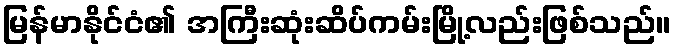
မြန်မာနိုင်ငံ၏ အကြီးဆုံးဆိပ်ကမ်းမြို့လည်းဖြစ်သည်။